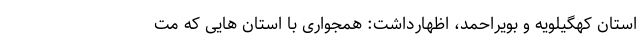
استان کهگیلویه و بویراحمد، اظهارداشت: همجواری با استان هایی که مت